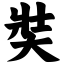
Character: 奘